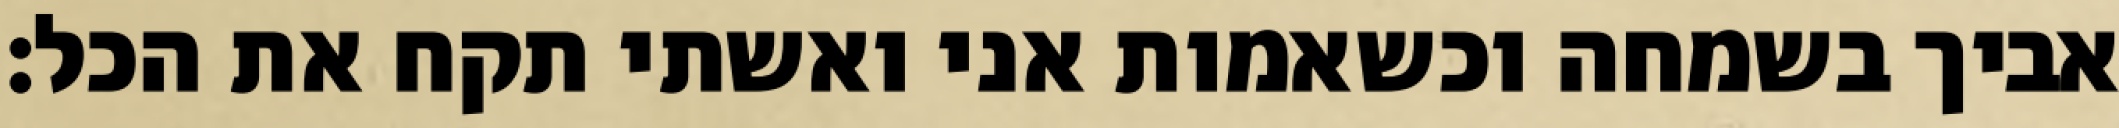
אביך בשמחה וכשאמות אני ואשתי תקח את הכל: